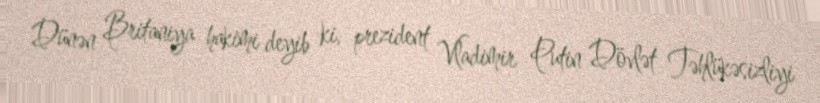
Dünən Britaniya hakimi deyib ki, prezident Vladimir Putin Dövlət Təhlükəsizliyi